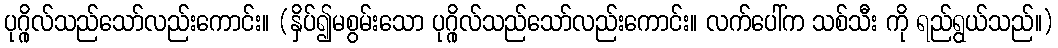
ပုဂ္ဂိုလ်သည်သော်လည်းကောင်း။ (နှိပ်၍မစွမ်းသော ပုဂ္ဂိုလ်သည်သော်လည်းကောင်း။ လက်ပေါ်က သစ်သီး ကို ရည်ရွယ်သည်။)